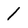
Character: 1